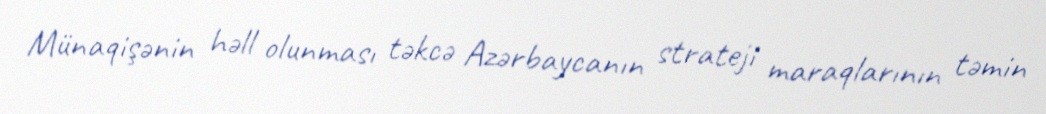
Münaqişənin həll olunması təkcə Azərbaycanın strateji maraqlarının təmin